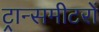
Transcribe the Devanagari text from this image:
ट्रान्समीटरों